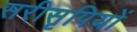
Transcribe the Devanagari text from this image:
सरीसृपियों